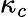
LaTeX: \kappa_{c}